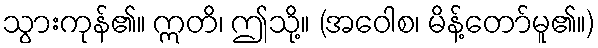
သွားကုန်၏။ ဣတိ၊ ဤသို့။ (အဝေါစ၊ မိန့်တော်မူ၏။)